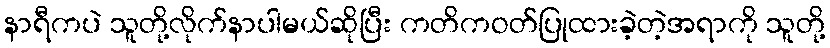
နာရီကပဲ သူတို့လိုက်နာပါမယ်ဆိုပြီး ကတိကဝတ်ပြုထားခဲ့တဲ့အရာကို သူတို့